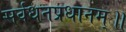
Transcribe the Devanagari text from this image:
सर्वधनप्रधानम्॥